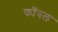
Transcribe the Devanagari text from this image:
फॉगल